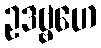
ဥဒဗ္ဗဟေ